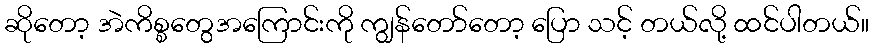
ဆိုတော့ အဲကိစ္စတွေအကြောင်းကို ကျွန်တော်တော့ ပြော သင့် တယ်လို့ ထင်ပါတယ်။